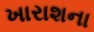
ખારાશના